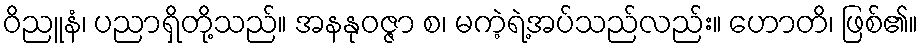
ဝိညူနံ၊ ပညာရှိတို့သည်။ အနနုဝဇ္ဇာ စ၊ မကဲ့ရဲ့အပ်သည်လည်း။ ဟောတိ၊ ဖြစ်၏။